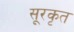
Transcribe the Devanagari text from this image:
सूरकृत